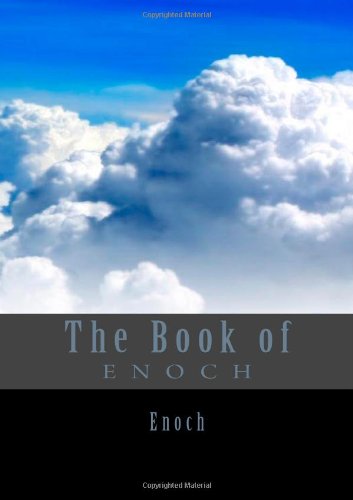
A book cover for The Book Of Enoch; Enoch; Christian Books & Bibles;